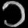
Digit: ၁